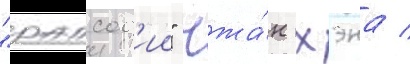
"рапсод'ии" чжа́н хэна /